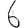
Digit: 6